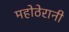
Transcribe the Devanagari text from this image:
महोठेरानी